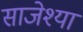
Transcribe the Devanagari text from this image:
साजेश्या